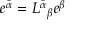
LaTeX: e ^ { \bar { \alpha } } = L ^ { \bar { \alpha } } { } _ { \beta } e ^ { \beta }